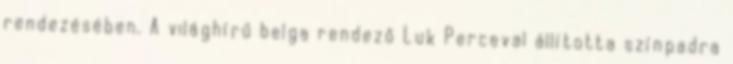
rendezésében. A világhírű belga rendező Luk Perceval állította színpadra